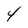
Character: 4